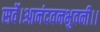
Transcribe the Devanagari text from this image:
सर्वे।आनंदवनभुवनी।।